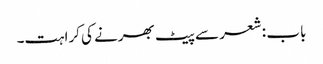
باب : شعر سے پیٹ بھرنے کی کراہت۔